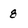
Character: 8